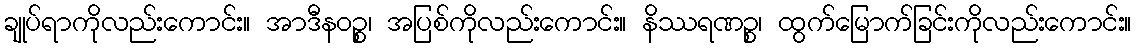
ချုပ်ရာကိုလည်းကောင်း။ အာဒီနဝဉ္စ၊ အပြစ်ကိုလည်းကောင်း။ နိဿရဏဉ္စ၊ ထွက်မြောက်ခြင်းကိုလည်းကောင်း။